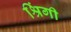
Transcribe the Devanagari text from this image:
श्रिंगी